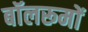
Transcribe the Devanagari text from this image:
बॉलरूमों